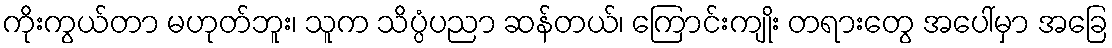
ကိုးကွယ်တာ မဟုတ်ဘူး၊ သူက သိပ္ပံပညာ ဆန်တယ်၊ ကြောင်းကျိုး တရားတွေ အပေါ်မှာ အခြေ